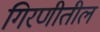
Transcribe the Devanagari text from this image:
गिरणीतील